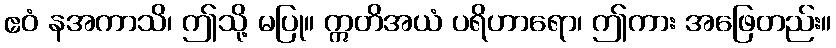
ဧဝံ နအကာသိ၊ ဤသို့ မပြု။ ဣတိအယံ ပရိဟာရော၊ ဤကား အဖြေတည်း။